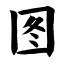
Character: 图